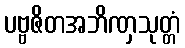
ပဗ္ဗဇိတအဘိဏှသုတ္တံ